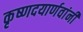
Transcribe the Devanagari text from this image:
कृष्णदयार्णवांनी